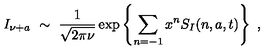
I _ { \nu + a } \ \sim \ \frac { 1 } { \sqrt { 2 \pi \nu } } \exp \left\{ \sum _ { n = - 1 } x ^ { n } S _ { I } ( n , a , t ) \right\} \ ,